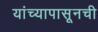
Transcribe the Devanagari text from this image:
यांच्यापासूनची